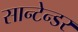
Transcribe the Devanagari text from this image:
सान्टेन्डर